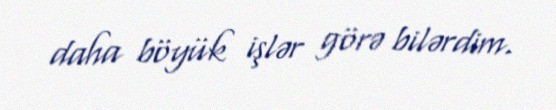
daha böyük işlər görə bilərdim.